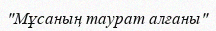
"Мұсаның таурат алғаны"